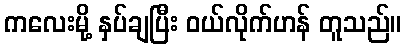
ကလေးမို့ နှပ်ချပြီး ဝယ်လိုက်ဟန် တူသည်။